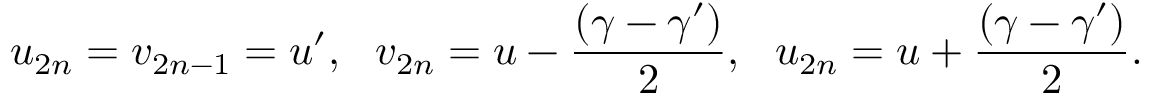
u _ { 2 n } = v _ { 2 n - 1 } = u ^ { \prime } , ~ ~ v _ { 2 n } = u - \frac { ( \gamma - \gamma ^ { \prime } ) } { 2 } , ~ ~ u _ { 2 n } = u + \frac { ( \gamma - \gamma ^ { \prime } ) } { 2 } .